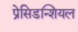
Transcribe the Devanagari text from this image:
प्रेसिडन्शियल